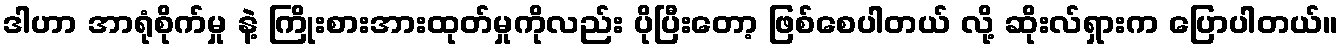
ဒါဟာ အာရုံစိုက်မှု နဲ့ ကြိုးစားအားထုတ်မှုကိုလည်း ပိုပြီးတော့ ဖြစ်စေပါတယ် လို့ ဆိုးလ်ရှားက ပြောပါတယ်။